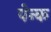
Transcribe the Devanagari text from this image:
पेन्क